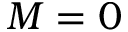
M = 0